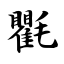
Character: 氍